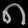
Digit: ၈